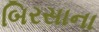
બિરસાના